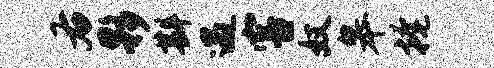
右夥斟遇害奴皋掩